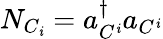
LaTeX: N_{C_{\mathit{i}}}=a_{C^{\mathit{i}}}^{\dagger}a_{C^{\mathit{i}}}